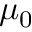
\mu _ { 0 }